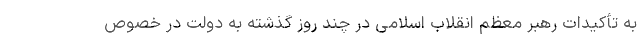
به تأکیدات رهبر معظم انقلاب اسلامی در چند روز گذشته به دولت در خصوص